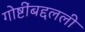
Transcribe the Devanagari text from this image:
गोष्टींबद्दलली